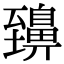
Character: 䶍